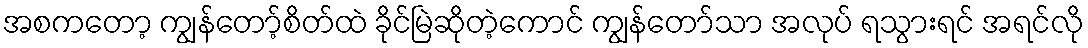
အစကတော့ ကျွန်တော့်စိတ်ထဲ ခိုင်မြဲဆိုတဲ့ကောင် ကျွန်တော်သာ အလုပ် ရသွားရင် အရင်လို